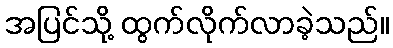
အပြင်သို့ ထွက်လိုက်လာခဲ့သည်။